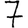
Digit: 7